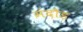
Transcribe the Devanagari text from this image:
मंदौड़